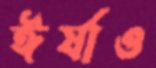
ঈর্ষাও